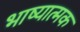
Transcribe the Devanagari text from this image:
भाष्यात्मक